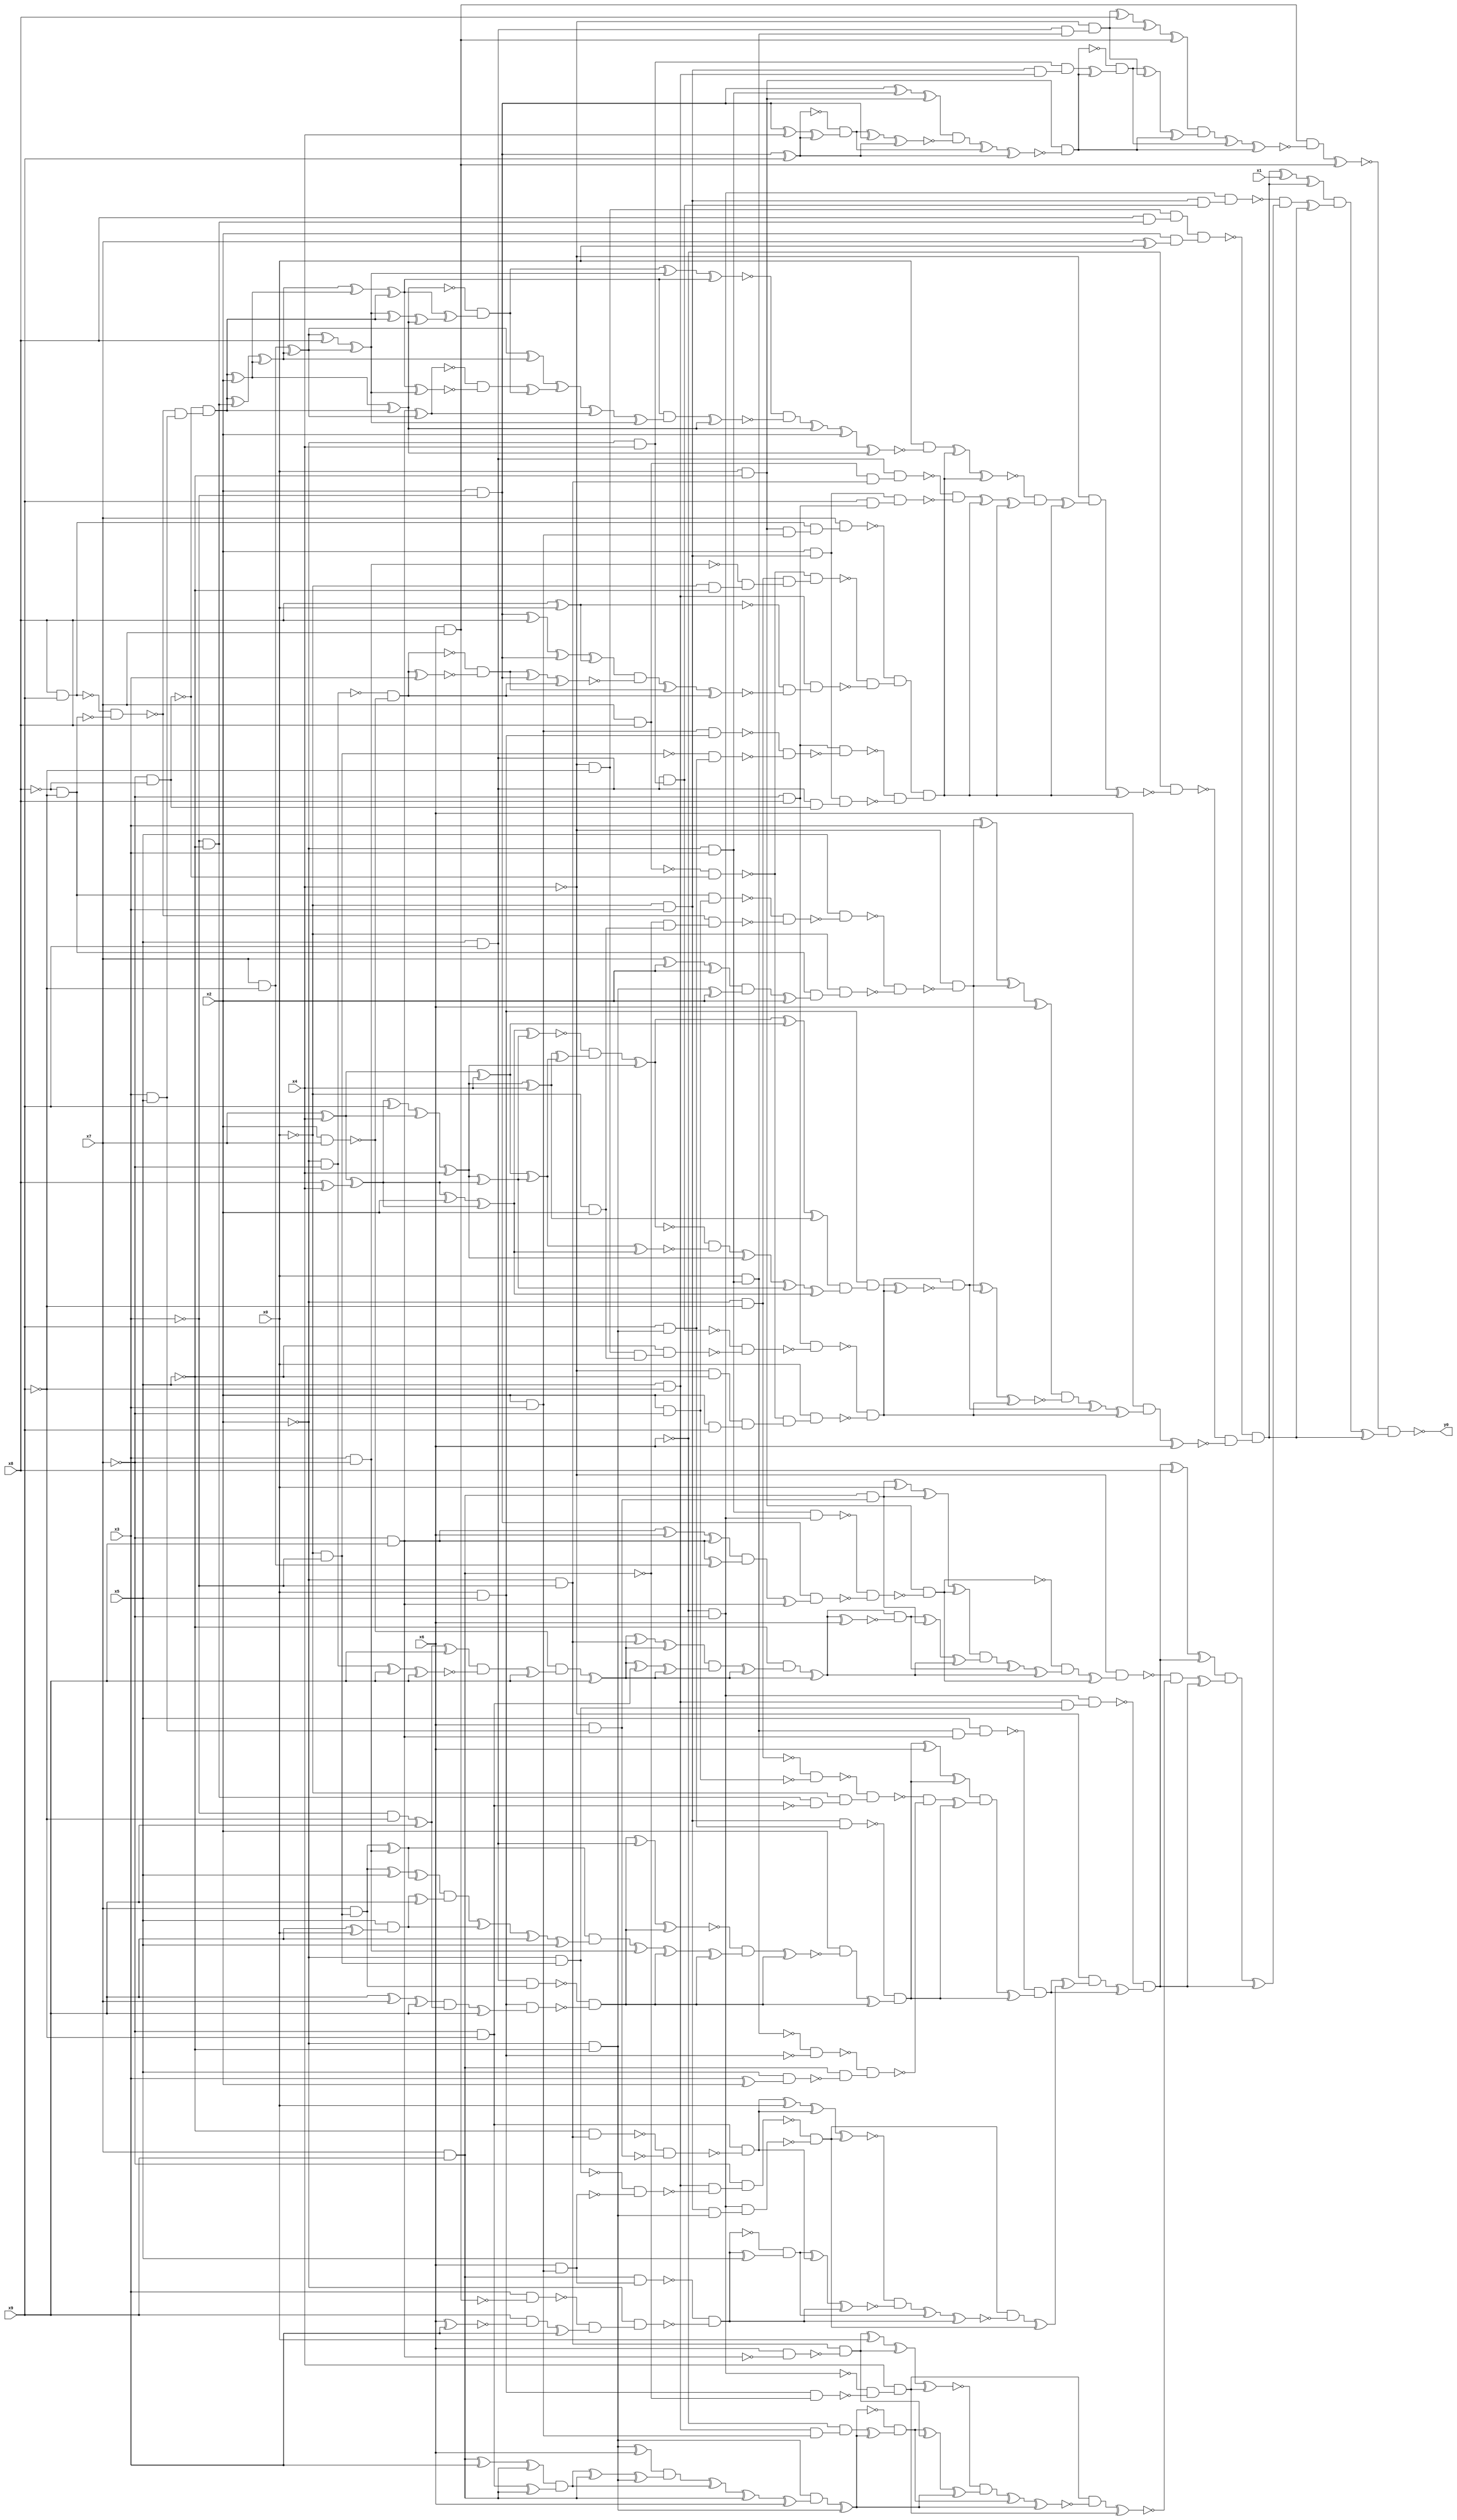
module top( x0 , x1 , x2 , x3 , x4 , x5 , x6 , x7 , x8 , x9 , y0 );
  input x0 , x1 , x2 , x3 , x4 , x5 , x6 , x7 , x8 , x9 ;
  output y0 ;
  wire n11 , n12 , n13 , n14 , n15 , n16 , n17 , n18 , n19 , n20 , n21 , n22 , n23 , n24 , n25 , n26 , n27 , n28 , n29 , n30 , n31 , n32 , n33 , n34 , n35 , n36 , n37 , n38 , n39 , n40 , n41 , n42 , n43 , n44 , n45 , n46 , n47 , n48 , n49 , n50 , n51 , n52 , n53 , n54 , n55 , n56 , n57 , n58 , n59 , n60 , n61 , n62 , n63 , n64 , n65 , n66 , n67 , n68 , n69 , n70 , n71 , n72 , n73 , n74 , n75 , n76 , n77 , n78 , n79 , n80 , n81 , n82 , n83 , n84 , n85 , n86 , n87 , n88 , n89 , n90 , n91 , n92 , n93 , n94 , n95 , n96 , n97 , n98 , n99 , n100 , n101 , n102 , n103 , n104 , n105 , n106 , n107 , n108 , n109 , n110 , n111 , n112 , n113 , n114 , n115 , n116 , n117 , n118 , n119 , n120 , n121 , n122 , n123 , n124 , n125 , n126 , n127 , n128 , n129 , n130 , n131 , n132 , n133 , n134 , n135 , n136 , n137 , n138 , n139 , n140 , n141 , n142 , n143 , n144 , n145 , n146 , n147 , n148 , n149 , n150 , n151 , n152 , n153 , n154 , n155 , n156 , n157 , n158 , n159 , n160 , n161 , n162 , n163 , n164 , n165 , n166 , n167 , n168 , n169 , n170 , n171 , n172 , n173 , n174 , n175 , n176 , n177 , n178 , n179 , n180 , n181 , n182 , n183 , n184 , n185 , n186 , n187 , n188 , n189 , n190 , n191 , n192 , n193 , n194 , n195 , n196 , n197 , n198 , n199 , n200 , n201 , n202 , n203 , n204 , n205 , n206 , n207 , n208 , n209 , n210 , n211 , n212 , n213 , n214 , n215 , n216 , n217 , n218 , n219 , n220 , n221 , n222 , n223 , n224 , n225 , n226 , n227 , n228 , n229 , n230 , n231 , n232 , n233 , n234 , n235 , n236 , n237 , n238 , n239 , n240 , n241 , n242 , n243 , n244 , n245 , n246 , n247 , n248 , n249 , n250 , n251 , n252 , n253 , n254 , n255 , n256 , n257 , n258 , n259 , n260 , n261 , n262 , n263 , n264 , n265 , n266 , n267 , n268 , n269 , n270 , n271 , n272 , n273 , n274 , n275 , n276 , n277 , n278 , n279 , n280 , n281 , n282 , n283 , n284 , n285 , n286 , n287 , n288 , n289 , n290 , n291 , n292 , n293 , n294 , n295 , n296 , n297 , n298 , n299 , n300 , n301 , n302 , n303 , n304 , n305 , n306 , n307 , n308 , n309 , n310 , n311 , n312 , n313 , n314 , n315 , n316 , n317 , n318 , n319 , n320 , n321 , n322 , n323 , n324 , n325 , n326 , n327 , n328 , n329 , n330 , n331 , n332 , n333 , n334 , n335 , n336 , n337 , n338 , n339 , n340 , n341 , n342 , n343 , n344 , n345 , n346 , n347 , n348 , n349 , n350 , n351 , n352 , n353 , n354 , n355 , n356 , n357 , n358 , n359 , n360 , n361 , n362 , n363 , n364 , n365 , n366 , n367 , n368 , n369 , n370 , n371 , n372 , n373 , n374 , n375 , n376 , n377 , n378 , n379 , n380 , n381 , n382 , n383 , n384 , n385 , n386 , n387 , n388 , n389 , n390 , n391 , n392 , n393 , n394 ;
  assign n11 = x6 & x7 ;
  assign n12 = x5 & x9 ;
  assign n13 = ~x2 & x3 ;
  assign n14 = x0 & n13 ;
  assign n15 = n12 & n14 ;
  assign n16 = ~x4 & n15 ;
  assign n17 = n16 ^ x8 ;
  assign n18 = n17 ^ n16 ;
  assign n19 = n18 ^ n11 ;
  assign n20 = x0 & ~x5 ;
  assign n21 = x2 & ~x3 ;
  assign n22 = n21 ^ n13 ;
  assign n23 = n22 ^ n20 ;
  assign n24 = n21 ^ x9 ;
  assign n25 = n21 ^ x4 ;
  assign n26 = n25 ^ n24 ;
  assign n27 = ~n24 & n26 ;
  assign n28 = n27 ^ n21 ;
  assign n29 = n28 ^ n24 ;
  assign n30 = n23 & ~n29 ;
  assign n31 = n30 ^ n27 ;
  assign n32 = n31 ^ n24 ;
  assign n33 = n20 & ~n32 ;
  assign n34 = ~x2 & x4 ;
  assign n35 = ~x0 & x3 ;
  assign n36 = x5 & ~x9 ;
  assign n37 = n35 & n36 ;
  assign n38 = n34 & n37 ;
  assign n39 = n38 ^ n33 ;
  assign n40 = ~n33 & n39 ;
  assign n41 = n40 ^ n16 ;
  assign n42 = n41 ^ n33 ;
  assign n43 = n19 & n42 ;
  assign n44 = n43 ^ n40 ;
  assign n45 = n44 ^ n33 ;
  assign n46 = n11 & ~n45 ;
  assign n47 = n46 ^ n11 ;
  assign n48 = ~x4 & ~x9 ;
  assign n49 = ~x3 & ~x5 ;
  assign n50 = x8 & n49 ;
  assign n51 = n48 & n50 ;
  assign n52 = x7 ^ x0 ;
  assign n53 = x2 & n52 ;
  assign n54 = n51 & n53 ;
  assign n61 = ~x7 & ~x8 ;
  assign n55 = x8 & x9 ;
  assign n101 = ~x8 & ~x9 ;
  assign n102 = ~n55 & ~n101 ;
  assign n103 = x3 & x5 ;
  assign n104 = ~n102 & n103 ;
  assign n105 = ~n61 & n104 ;
  assign n106 = n105 ^ x2 ;
  assign n107 = n106 ^ n105 ;
  assign n108 = n105 ^ n49 ;
  assign n109 = n108 ^ n106 ;
  assign n116 = n109 ^ n106 ;
  assign n117 = n116 ^ n105 ;
  assign n110 = x7 & ~x9 ;
  assign n111 = n110 ^ n109 ;
  assign n112 = n111 ^ x8 ;
  assign n113 = n112 ^ n111 ;
  assign n114 = n113 ^ n105 ;
  assign n115 = n114 ^ n107 ;
  assign n118 = n117 ^ n115 ;
  assign n119 = ~n107 & n118 ;
  assign n120 = n119 ^ n113 ;
  assign n121 = n120 ^ n117 ;
  assign n127 = n111 ^ n109 ;
  assign n122 = ~x7 & x9 ;
  assign n123 = n122 ^ n111 ;
  assign n124 = n117 ^ n113 ;
  assign n125 = ~n123 & ~n124 ;
  assign n126 = n125 ^ n119 ;
  assign n128 = n127 ^ n126 ;
  assign n129 = n128 ^ n123 ;
  assign n130 = n129 ^ n113 ;
  assign n131 = n117 & n130 ;
  assign n132 = n131 ^ n107 ;
  assign n133 = ~n121 & ~n132 ;
  assign n134 = n133 ^ n107 ;
  assign n135 = n134 ^ x2 ;
  assign n136 = n135 ^ n107 ;
  assign n137 = x0 & ~n136 ;
  assign n56 = x2 & x3 ;
  assign n57 = n20 & n56 ;
  assign n58 = n55 & n57 ;
  assign n59 = x7 & n58 ;
  assign n60 = x7 & x8 ;
  assign n62 = ~n60 & ~n61 ;
  assign n63 = ~x2 & ~x9 ;
  assign n64 = x3 & ~x7 ;
  assign n65 = ~x0 & ~x5 ;
  assign n66 = ~n64 & n65 ;
  assign n67 = n63 & n66 ;
  assign n68 = ~n62 & n67 ;
  assign n69 = x8 ^ x0 ;
  assign n70 = n21 ^ x8 ;
  assign n71 = n70 ^ n21 ;
  assign n72 = n71 ^ n69 ;
  assign n73 = ~x2 & ~x7 ;
  assign n74 = x2 & x7 ;
  assign n75 = ~n73 & ~n74 ;
  assign n76 = n75 ^ x3 ;
  assign n77 = ~n75 & ~n76 ;
  assign n78 = n77 ^ n21 ;
  assign n79 = n78 ^ n75 ;
  assign n80 = n72 & ~n79 ;
  assign n81 = n80 ^ n77 ;
  assign n82 = n81 ^ n75 ;
  assign n83 = ~n69 & ~n82 ;
  assign n84 = n36 & n83 ;
  assign n85 = ~n68 & ~n84 ;
  assign n86 = ~n59 & n85 ;
  assign n87 = ~x7 & x8 ;
  assign n88 = x0 & x5 ;
  assign n89 = n56 & n88 ;
  assign n90 = ~x0 & ~x3 ;
  assign n91 = ~x2 & ~x5 ;
  assign n92 = x9 & n91 ;
  assign n93 = ~n90 & n92 ;
  assign n94 = ~n89 & ~n93 ;
  assign n95 = n87 & ~n94 ;
  assign n96 = x2 & n35 ;
  assign n97 = n12 & n61 ;
  assign n98 = n96 & n97 ;
  assign n99 = ~n95 & ~n98 ;
  assign n100 = n86 & n99 ;
  assign n138 = n137 ^ n100 ;
  assign n139 = n138 ^ n100 ;
  assign n140 = ~x2 & ~x3 ;
  assign n141 = n60 & n140 ;
  assign n142 = n12 & n141 ;
  assign n143 = x9 & n87 ;
  assign n144 = n96 & n143 ;
  assign n145 = ~n142 & ~n144 ;
  assign n146 = n145 ^ n100 ;
  assign n147 = n146 ^ n100 ;
  assign n148 = ~n139 & n147 ;
  assign n149 = n148 ^ n100 ;
  assign n150 = ~x4 & n149 ;
  assign n151 = n150 ^ n100 ;
  assign n152 = ~x6 & ~n151 ;
  assign n153 = x2 & ~x7 ;
  assign n154 = n101 & n153 ;
  assign n155 = x7 & x9 ;
  assign n156 = ~x0 & x2 ;
  assign n157 = ~n155 & n156 ;
  assign n158 = ~n102 & n157 ;
  assign n159 = ~n154 & ~n158 ;
  assign n160 = x5 & ~n159 ;
  assign n161 = x7 ^ x2 ;
  assign n162 = n161 ^ x2 ;
  assign n163 = n91 ^ x2 ;
  assign n164 = n162 & n163 ;
  assign n165 = n164 ^ x2 ;
  assign n166 = n101 & n165 ;
  assign n167 = ~x0 & n166 ;
  assign n168 = ~n160 & ~n167 ;
  assign n169 = ~x4 & ~n168 ;
  assign n170 = n169 ^ x3 ;
  assign n171 = n170 ^ n169 ;
  assign n172 = n171 ^ x6 ;
  assign n173 = n12 & n34 ;
  assign n174 = n48 & n156 ;
  assign n175 = ~x5 & n174 ;
  assign n176 = ~n173 & ~n175 ;
  assign n177 = n87 & ~n176 ;
  assign n178 = ~x4 & ~x5 ;
  assign n179 = x2 & x9 ;
  assign n180 = n178 & n179 ;
  assign n181 = ~n62 & n180 ;
  assign n182 = x0 & n181 ;
  assign n183 = ~n177 & ~n182 ;
  assign n185 = x7 ^ x4 ;
  assign n184 = x8 ^ x4 ;
  assign n186 = n185 ^ n184 ;
  assign n191 = n186 ^ x2 ;
  assign n192 = n191 ^ n186 ;
  assign n187 = n186 ^ x9 ;
  assign n188 = n187 ^ n185 ;
  assign n189 = n188 ^ x4 ;
  assign n190 = n189 ^ n186 ;
  assign n193 = n192 ^ n190 ;
  assign n196 = n189 ^ x4 ;
  assign n194 = n185 ^ x4 ;
  assign n195 = n194 ^ n190 ;
  assign n197 = n196 ^ n195 ;
  assign n198 = ~n193 & n197 ;
  assign n199 = n198 ^ n189 ;
  assign n200 = n199 ^ n194 ;
  assign n201 = n200 ^ n196 ;
  assign n202 = n195 ^ n192 ;
  assign n203 = ~n199 & ~n202 ;
  assign n204 = n203 ^ n189 ;
  assign n205 = n204 ^ n190 ;
  assign n206 = n205 ^ n192 ;
  assign n207 = n201 & n206 ;
  assign n208 = n88 & n207 ;
  assign n209 = n208 ^ n183 ;
  assign n210 = n183 & ~n209 ;
  assign n211 = n210 ^ n169 ;
  assign n212 = n211 ^ n183 ;
  assign n213 = n172 & ~n212 ;
  assign n214 = n213 ^ n210 ;
  assign n215 = n214 ^ n183 ;
  assign n216 = x6 & n215 ;
  assign n217 = n216 ^ x6 ;
  assign n218 = ~n152 & ~n217 ;
  assign n219 = ~n54 & n218 ;
  assign n220 = n219 ^ x1 ;
  assign n221 = n220 ^ n219 ;
  assign n222 = ~x6 & ~x7 ;
  assign n223 = n35 & n173 ;
  assign n224 = n222 & n223 ;
  assign n225 = ~x2 & n90 ;
  assign n226 = n36 & n225 ;
  assign n227 = n222 & n226 ;
  assign n260 = n14 & n122 ;
  assign n261 = x5 & n260 ;
  assign n262 = n35 & n92 ;
  assign n263 = x7 & n90 ;
  assign n264 = n12 & n263 ;
  assign n265 = x9 ^ x7 ;
  assign n266 = n265 ^ x9 ;
  assign n267 = ~x3 & ~x9 ;
  assign n268 = n267 ^ x9 ;
  assign n269 = n266 & n268 ;
  assign n270 = n269 ^ x9 ;
  assign n271 = n88 & n270 ;
  assign n272 = ~n264 & ~n271 ;
  assign n273 = n272 ^ n12 ;
  assign n274 = n273 ^ n272 ;
  assign n275 = n263 ^ n64 ;
  assign n276 = n263 ^ x5 ;
  assign n277 = n276 ^ n275 ;
  assign n278 = x9 ^ x0 ;
  assign n279 = x5 & n278 ;
  assign n280 = n279 ^ x9 ;
  assign n281 = n277 & n280 ;
  assign n282 = n281 ^ n279 ;
  assign n283 = n282 ^ x9 ;
  assign n284 = n283 ^ x5 ;
  assign n285 = n275 & n284 ;
  assign n286 = n285 ^ n64 ;
  assign n287 = n286 ^ n272 ;
  assign n288 = n287 ^ n272 ;
  assign n289 = ~n274 & n288 ;
  assign n290 = n289 ^ n272 ;
  assign n291 = x2 & ~n290 ;
  assign n292 = n291 ^ n272 ;
  assign n293 = ~n262 & n292 ;
  assign n294 = n293 ^ x6 ;
  assign n295 = n294 ^ n293 ;
  assign n296 = ~n63 & ~n153 ;
  assign n235 = ~x7 & ~x9 ;
  assign n297 = n49 & ~n235 ;
  assign n298 = ~x0 & n297 ;
  assign n299 = ~n296 & n298 ;
  assign n300 = ~n14 & ~n88 ;
  assign n301 = x3 ^ x2 ;
  assign n302 = x5 & n301 ;
  assign n303 = n155 & ~n302 ;
  assign n304 = ~n300 & n303 ;
  assign n305 = ~n299 & ~n304 ;
  assign n306 = n305 ^ n293 ;
  assign n307 = n295 & n306 ;
  assign n308 = n307 ^ n293 ;
  assign n309 = ~n261 & n308 ;
  assign n228 = x6 & n56 ;
  assign n229 = ~n225 & ~n228 ;
  assign n230 = n36 & ~n229 ;
  assign n231 = ~x7 & n230 ;
  assign n232 = n35 & n91 ;
  assign n233 = n222 & n232 ;
  assign n234 = ~n231 & ~n233 ;
  assign n236 = ~x5 & n140 ;
  assign n237 = x6 & n103 ;
  assign n238 = ~n236 & ~n237 ;
  assign n239 = n235 & ~n238 ;
  assign n240 = n239 ^ x0 ;
  assign n241 = n240 ^ n239 ;
  assign n242 = n241 ^ n234 ;
  assign n243 = n155 & n228 ;
  assign n244 = x3 & ~n11 ;
  assign n245 = x6 ^ x3 ;
  assign n246 = x9 & ~n245 ;
  assign n247 = n246 ^ x3 ;
  assign n248 = ~n244 & n247 ;
  assign n249 = ~x2 & n248 ;
  assign n250 = ~n243 & ~n249 ;
  assign n251 = n250 ^ x5 ;
  assign n252 = ~n250 & n251 ;
  assign n253 = n252 ^ n239 ;
  assign n254 = n253 ^ n250 ;
  assign n255 = ~n242 & ~n254 ;
  assign n256 = n255 ^ n252 ;
  assign n257 = n256 ^ n250 ;
  assign n258 = n234 & ~n257 ;
  assign n259 = n258 ^ n234 ;
  assign n310 = n309 ^ n259 ;
  assign n311 = ~x4 & n310 ;
  assign n312 = n311 ^ n309 ;
  assign n313 = ~n227 & n312 ;
  assign n314 = n313 ^ x8 ;
  assign n315 = n314 ^ n313 ;
  assign n316 = n13 & n222 ;
  assign n317 = n122 ^ x6 ;
  assign n318 = n317 ^ n122 ;
  assign n319 = n122 ^ n110 ;
  assign n320 = n318 & n319 ;
  assign n321 = n320 ^ n122 ;
  assign n322 = n21 & n321 ;
  assign n323 = ~n316 & ~n322 ;
  assign n324 = n20 & ~n323 ;
  assign n325 = n155 & n237 ;
  assign n326 = n325 ^ x0 ;
  assign n327 = n326 ^ n325 ;
  assign n328 = n327 ^ n324 ;
  assign n329 = n268 ^ x9 ;
  assign n330 = n73 ^ x9 ;
  assign n331 = n330 ^ x9 ;
  assign n332 = n329 & ~n331 ;
  assign n333 = n332 ^ x9 ;
  assign n334 = ~n74 & n333 ;
  assign n335 = n334 ^ x9 ;
  assign n336 = n335 ^ n140 ;
  assign n337 = n336 ^ n335 ;
  assign n338 = n335 ^ n235 ;
  assign n339 = n338 ^ n335 ;
  assign n340 = n337 & n339 ;
  assign n341 = n340 ^ n335 ;
  assign n342 = ~x5 & n341 ;
  assign n343 = n342 ^ n335 ;
  assign n344 = n343 ^ x6 ;
  assign n345 = n343 & ~n344 ;
  assign n346 = n345 ^ n325 ;
  assign n347 = n346 ^ n343 ;
  assign n348 = n328 & n347 ;
  assign n349 = n348 ^ n345 ;
  assign n350 = n349 ^ n343 ;
  assign n351 = ~n324 & n350 ;
  assign n352 = n351 ^ n324 ;
  assign n353 = ~x4 & n352 ;
  assign n354 = n88 & ~n155 ;
  assign n355 = ~n222 & ~n354 ;
  assign n356 = x4 & n355 ;
  assign n357 = x6 & ~n122 ;
  assign n358 = n140 & ~n357 ;
  assign n359 = n358 ^ x0 ;
  assign n360 = n359 ^ n358 ;
  assign n361 = n360 ^ n356 ;
  assign n362 = n91 ^ x6 ;
  assign n363 = n155 ^ x3 ;
  assign n364 = n363 ^ n155 ;
  assign n365 = n235 ^ n155 ;
  assign n366 = n364 & n365 ;
  assign n367 = n366 ^ n155 ;
  assign n368 = n367 ^ n91 ;
  assign n369 = n362 & n368 ;
  assign n370 = n369 ^ n366 ;
  assign n371 = n370 ^ n155 ;
  assign n372 = n371 ^ x6 ;
  assign n373 = n91 & n372 ;
  assign n374 = n373 ^ n91 ;
  assign n375 = n36 & n56 ;
  assign n376 = ~x6 & n375 ;
  assign n377 = n376 ^ n374 ;
  assign n378 = ~n374 & n377 ;
  assign n379 = n378 ^ n358 ;
  assign n380 = n379 ^ n374 ;
  assign n381 = ~n361 & n380 ;
  assign n382 = n381 ^ n378 ;
  assign n383 = n382 ^ n374 ;
  assign n384 = n356 & ~n383 ;
  assign n385 = n384 ^ n356 ;
  assign n386 = ~n353 & ~n385 ;
  assign n387 = n386 ^ n313 ;
  assign n388 = n315 & n387 ;
  assign n389 = n388 ^ n313 ;
  assign n390 = ~n224 & n389 ;
  assign n391 = n390 ^ n219 ;
  assign n392 = n221 & n391 ;
  assign n393 = n392 ^ n219 ;
  assign n394 = ~n47 & n393 ;
  assign y0 = ~n394 ;
endmodule